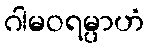
ဂါမဝရမ္ပာဟံ